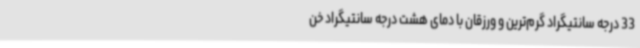
33 درجه سانتیگراد گرم‌ترین و ورزقان با دمای هشت درجه سانتیگراد خن